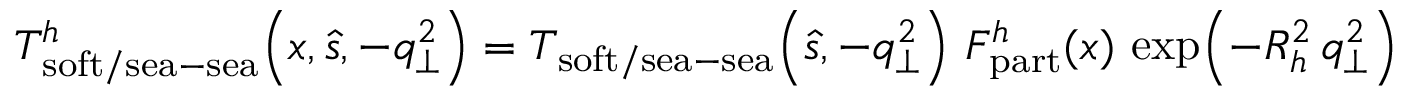
T _ { \mathrm { s o f t } / \mathrm { s e a } - \mathrm { s e a } } ^ { h } \! \left( x , \hat { s } , - q _ { \perp } ^ { 2 } \right) = T _ { \mathrm { s o f t } / \mathrm { s e a } - \mathrm { s e a } } \! \left( \hat { s } , - q _ { \perp } ^ { 2 } \right) \, F _ { \mathrm { p a r t } } ^ { h } ( x ) \, \exp \! \left( - R _ { h } ^ { 2 } \, q _ { \perp } ^ { 2 } \right)